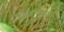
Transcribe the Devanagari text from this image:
बंधाऱ्यामुळे